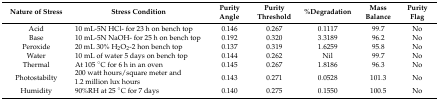
<table><thead><tr><td><b>Nature of Stress</b></td><td><b>Stress Condition</b></td><td><b>Purity Angle</b></td><td><b>Purity Threshold</b></td><td><b>%Degradation</b></td><td><b>Mass Balance</b></td><td><b>Purity Flag</b></td></tr></thead><tbody><tr><td>Acid</td><td>10 mL-5N HCl- for 23 h on bench top</td><td>0.146</td><td>0.267</td><td>0.1117</td><td>99.7</td><td>No</td></tr><tr><td>Base</td><td>10 mL-5N NaOH- for 25 h on bench top</td><td>0.192</td><td>0.320</td><td>3.3189</td><td>96.2</td><td>No</td></tr><tr><td>Peroxide</td><td>20 mL 30% H<sub>2</sub>O<sub>2</sub>-2 hon bench top</td><td>0.137</td><td>0.319</td><td>1.6259</td><td>95.8</td><td>No</td></tr><tr><td>Water</td><td>10 mL of water 5 days on bench top</td><td>0.144</td><td>0.262</td><td>Nil</td><td>99.7</td><td>No</td></tr><tr><td>Thermal</td><td>At 105 °C for 6 h in an oven</td><td>0.145</td><td>0.267</td><td>1.8186</td><td>96.3</td><td>No</td></tr><tr><td>Photostabilty</td><td>200 watt hours/square meter and 1.2 million lux hours </td><td>0.143</td><td>0.271</td><td>0.0528</td><td>101.3</td><td>No</td></tr><tr><td>Humidity</td><td>90%RH at 25 °C for 7 days</td><td>0.140</td><td>0.275</td><td>0.1550</td><td>100.5</td><td>No</td></tr></tbody></table>